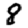
Digit: 8